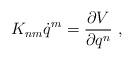
LaTeX: \begin{align*}K_{nm}\dot{q}^m=\frac{\partial V}{\partial q^n}\ ,\end{align*}